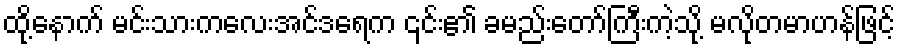
ထို့နောက် မင်းသားကလေးအင်ဒရေက ၎င်း၏ ခမည်းတော်ကြီးကဲ့သို့ မလိုတမာဟန်ဖြင့်